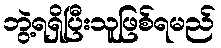
ဘွဲ့ရရှိပြီးသူဖြစ်ရမည်